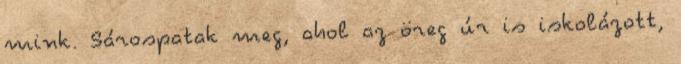
mink. Sárospatak meg, ahol az öreg úr is iskolázott,